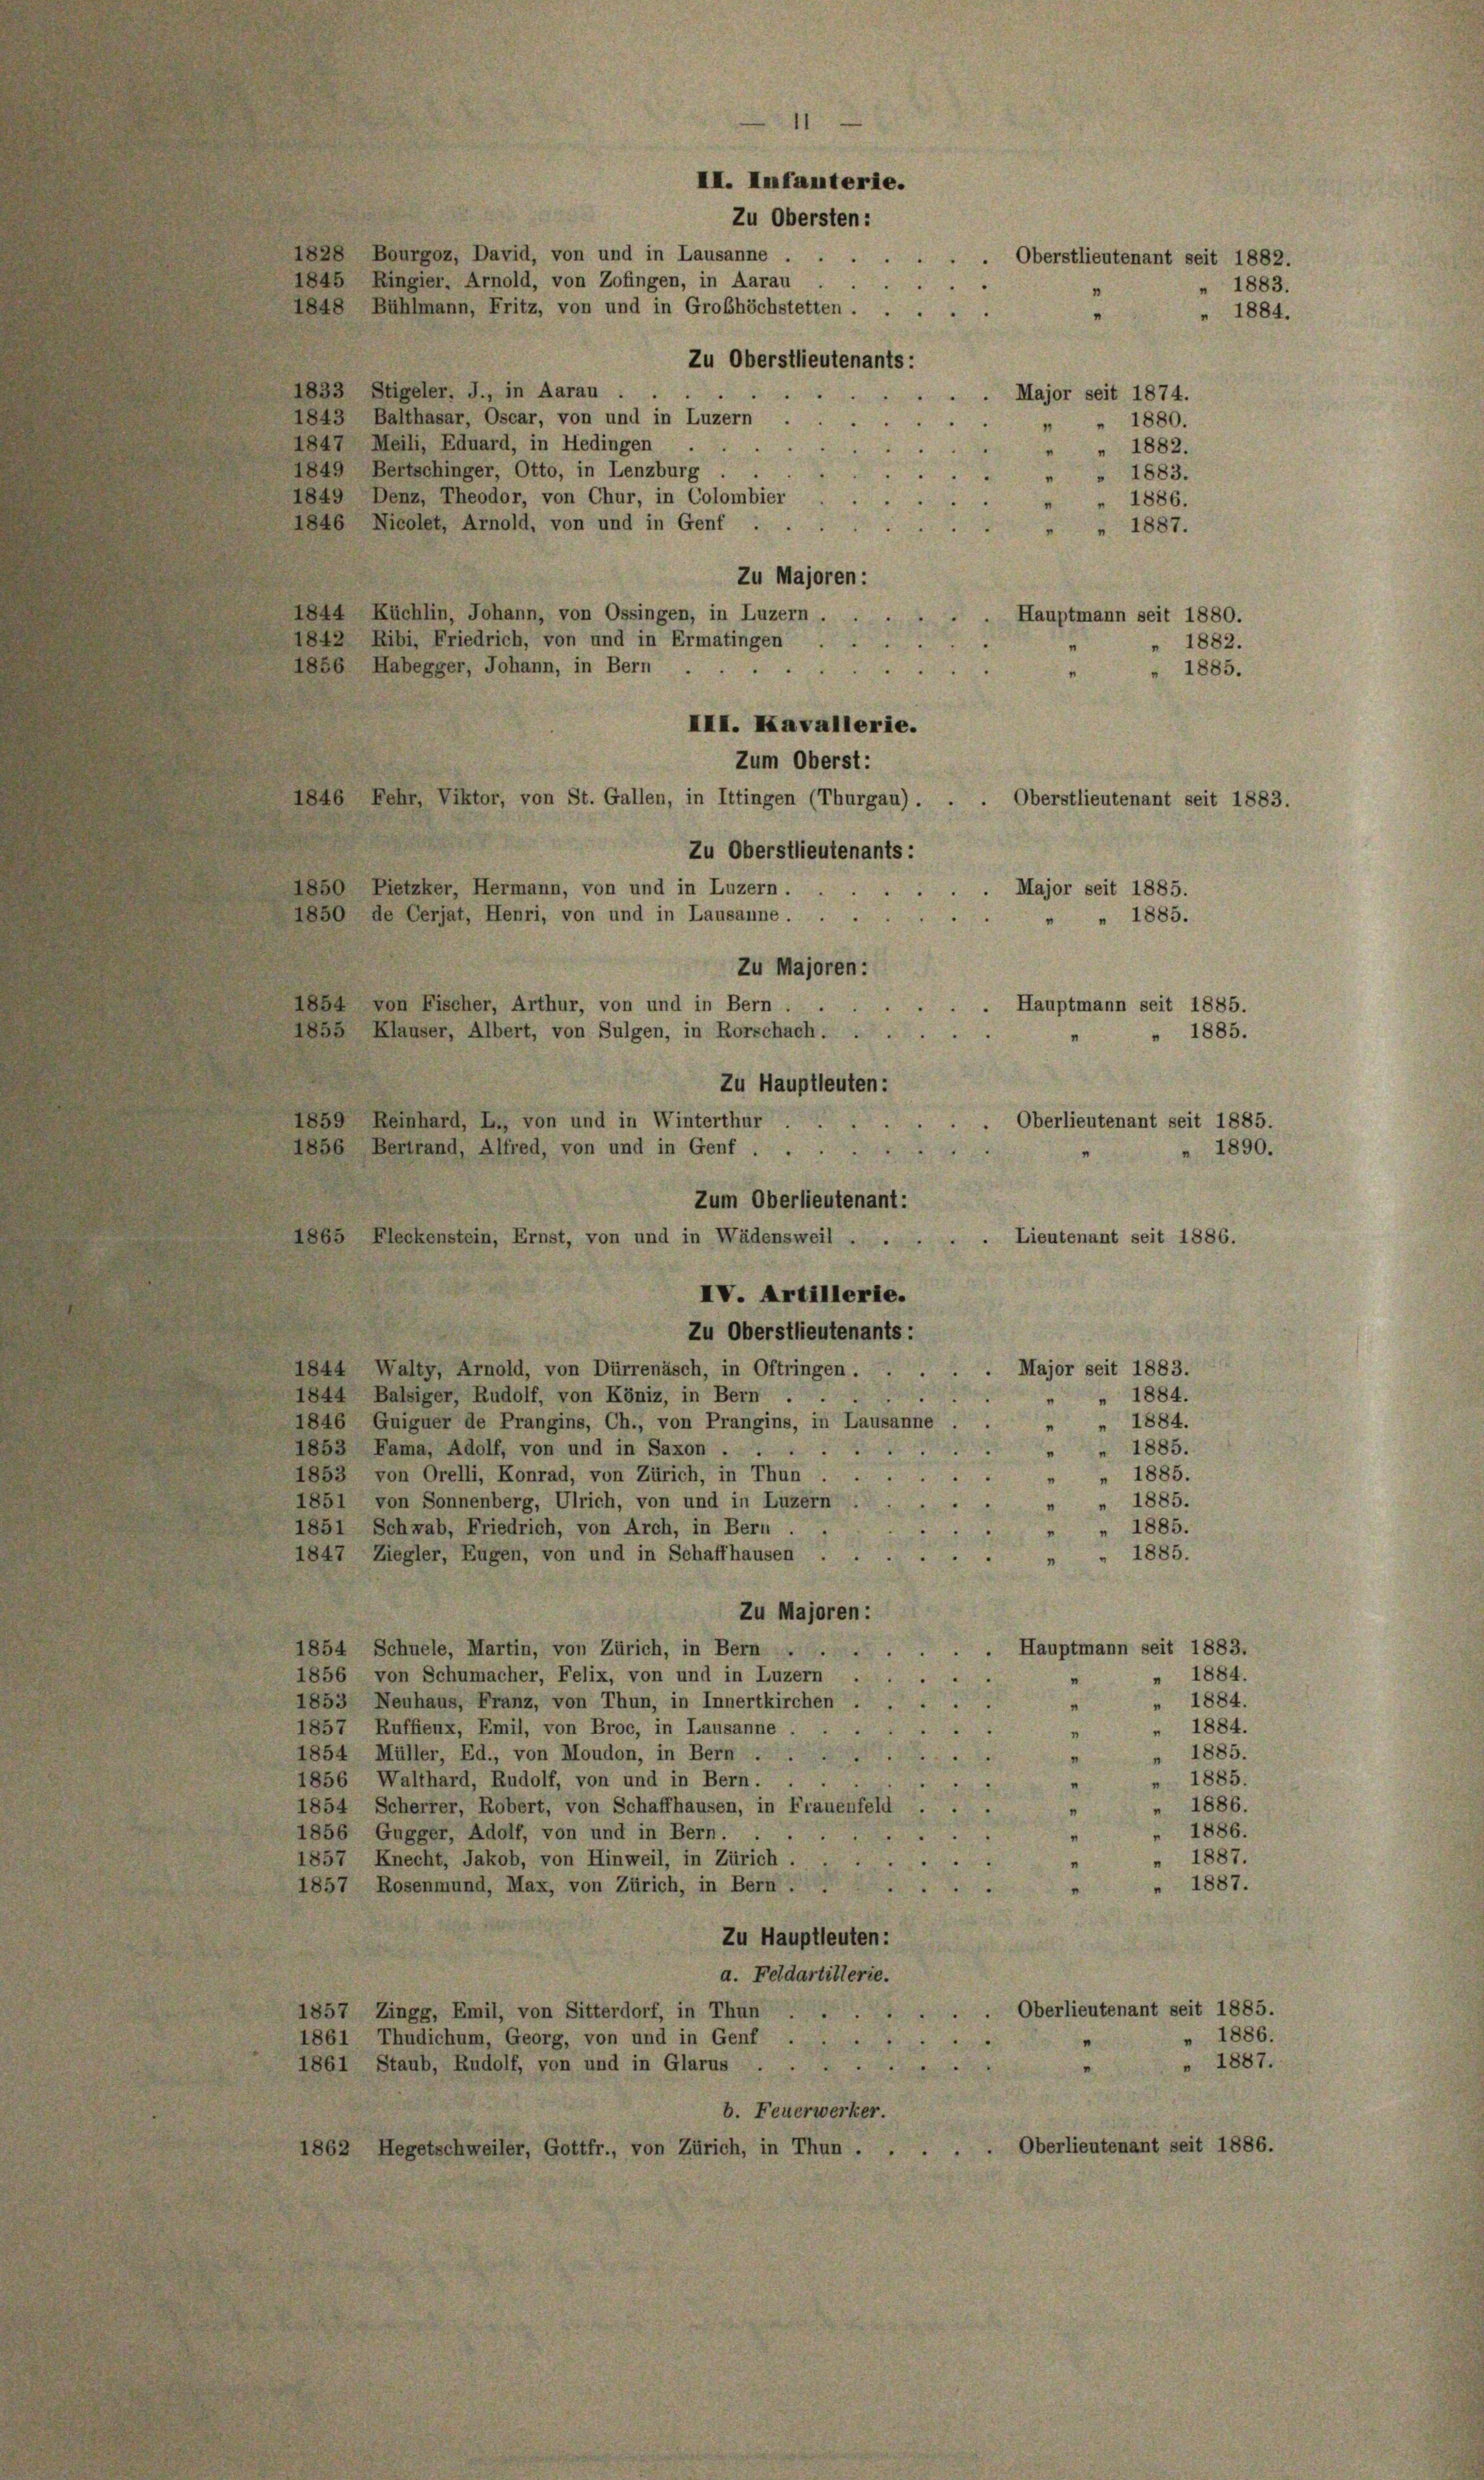
1828 Bourgoz, David, von und in Lausanne ...
1845 Ringier, Arnold, von Zofingen, in Aarau
1848 Bühlmann, Fritz, von und in Grobhöchstetten ...
Zu Oberstlieutenants:
1833 Stigeler. J., in Aarau ..
Major seit 1874.
1843 Balthasar, Oscar, von und in Luzern
" " 1880.
1847 Meili, Eduard, in Hedingen
1882.
1849 Bertschinger, Otto, in Lenzburg
 1883.
1849 Denz, Theodor, von Chur, in Colombier
 1886.
1846 Nicolet, Arnold, von und in Genf .
" 1887.
Zu Majoren:
1844 Küchlin, Johann, von Ossingen, in Luzern.
Hauptmann seit 1880.
1842 Ribi, Friedrich, von und in Ermatingen.
 1882.
1856 Habegger, Johann, in Bern
 1885.
III. Kavallerie.
4846 Fehr, Viktor, von St. Gallen, in Ittingen (Thurgau).
Oberstlieutenant seit 1883.
Zu Oberstlieutenants:
1850 Pietzker, Hermann, von und in Luzern.
1850 de Cerjat, Henri, von und in Lausanne.
1885.
Zu Majoren:
Hauptmann seit 1885.
1854 von Fischer, Arthur, von und in Bern,
183. Klauser, Albert, von Sulgen, in Rorschach . . .
1885.
Zu Hauptleuten:
1859 Reinhard, L., von und in Winterthur
Oberlieutenant seit 1885.
d
1856 Bertrand, Alfred, von und in Genf
" 1890.
Zum Oberlieutenant:
Lieutenant seit 1886.
1865 Fleckenstein, Ernst, von und in Wädensweil . .
IV. Artillerie.
Zu Oberstlieutenants:
Major seit 1883.
1844 Walty, Arnold, von Dürrenäsch, in Oftringen.
1884.
1844 Balsiger, Rudolf, von Köniz, in Bern . .
¬
1846 Guiguer de Prangins, Ch., von Prangins, in Lausanne
 " 1884.
1885.
1853 Fama, Adolf, von und in Saxon ...
1885.
1853 von Orelli, Konrad, von Zürich, in Thun.
1885.
1851 von Sonnenberg, Ulrich, von und in Luzern
1885.
1851 Schwab, Friedrich, von Arch, in Bern.
" 1885.
1847 Ziegler, Eugen, von und in Schaffhausen .
Zu Majoren:
Hauptmann seit 1883.
1854 Schuele, Martin, von Zürich, in Bern
1884.
1856 von Schumacher, Felix, von und in Luzern
1853 Neuhaus, Franz, von Thun, in Innertkirchen
1884.
1884.
1857 Ruffieux, Emil, von Broc, in Lausanne.
"
1885.
1854 Müller, Ed., von Moudon, in Bern . .
1885.
1856 Walthard, Rudolf, von und in Bern.
1886.
1854 Scherrer, Robert, von Schaffhausen, in Frauenfeld
1886.
1856 Gugger, Adolf, von und in Bern.
1887.
1857 Knecht, Jakob, von Hinweil, in Zürich.
1887.
1857 Rosenmund, Max, von Zürich, in Bern.
Zu Hauptleuten:
a. Feldartitlerie.
Oberlieutenant seit 1885.
1857 Zingg, Emil, von Sitterdorf, in Thun
1886.
1861 Thudichum, Georg, von und in Genf
1887.
1861 Staub, Rudolf, von und in Glarus . .
b. Feuerwerker.
Oberlieutenant seit 1886.
1862 Hegetschweiler, Gottfr., von Zürich, in Thun . .

1
II. Infanterie.
Zu Obersten:
. Oberstlieutenant seit 1882.
1883.
 1884.
n

Zum Oberst:

Major seit 1885.